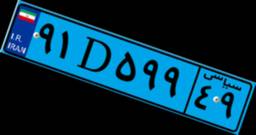
۶۴D۴۵۶۹۰